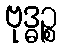
ဗုဒ္ဓဉ္စ